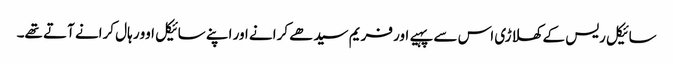
سائیکل ریس کے کھلاڑی اس سے پہیے اور فریم سیدھے کرانے اور اپنے سائیکل اوور ہال کرانے آتے تھے۔